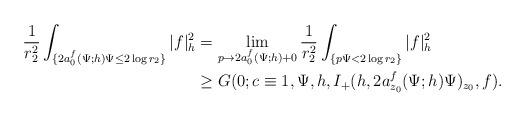
LaTeX: \begin{align*}\frac{1}{r_2^2}\int_{\{2a_0^f(\Psi;h)\Psi\le2\log r_2\}}|f|^2_h&=\lim_{p\rightarrow2a_0^f(\Psi;h)+0}\frac{1}{r_2^2}\int_{\{p\Psi<2\log r_2\}}|f|^2_h\\&\ge G(0;c\equiv1,\Psi,h,I_+(h,2a_{z_0}^f(\Psi;h)\Psi)_{z_0},f).\end{align*}